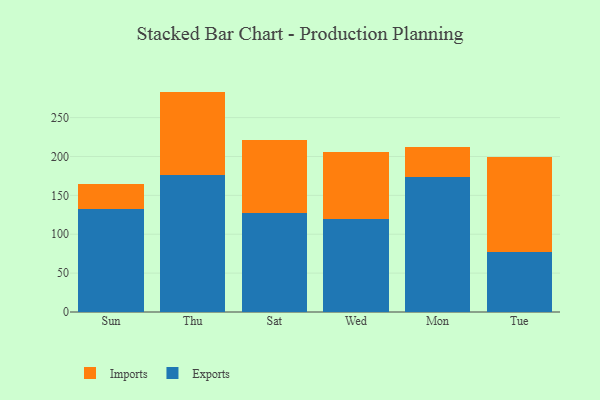
{"axis": {"x": "Day", "y": "Energy Usage (MWh)"}, "legend": ["Exports", "Imports"], "data": [{"x": "Sun", "y": 133.0, "type": "Exports"}, {"x": "Sun", "y": 31.7, "type": "Imports"}, {"x": "Thu", "y": 176.0, "type": "Exports"}, {"x": "Thu", "y": 107.4, "type": "Imports"}, {"x": "Sat", "y": 127.3, "type": "Exports"}, {"x": "Sat", "y": 93.4, "type": "Imports"}, {"x": "Wed", "y": 120.1, "type": "Exports"}, {"x": "Wed", "y": 85.2, "type": "Imports"}, {"x": "Mon", "y": 173.3, "type": "Exports"}, {"x": "Mon", "y": 38.3, "type": "Imports"}, {"x": "Tue", "y": 76.7, "type": "Exports"}, {"x": "Tue", "y": 123.2, "type": "Imports"}]}